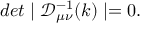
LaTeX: d e t \mid { \mathcal D _ { \mu \nu } ^ { - 1 } ( k ) } \mid = 0 .